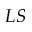
L S